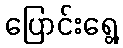
ပြောင်းရွေ့